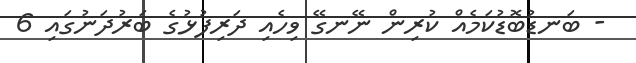
- ބަނޑުބޮޑުކަމެއް ކުރިން ނޭނގޭ ވިހެއި ދަރިފުޅުގެ ބަރުދަނުގައި 6